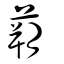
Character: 蒴